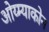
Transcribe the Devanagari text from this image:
ओय्म्याकोन